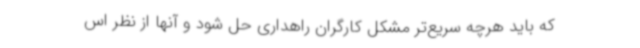
که باید هرچه سریع‌تر مشکل کارگران راهداری حل شود و آنها از نظر اس